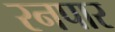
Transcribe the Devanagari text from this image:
रनपार